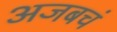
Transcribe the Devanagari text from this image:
अजबचं